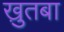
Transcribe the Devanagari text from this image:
खु़तबा